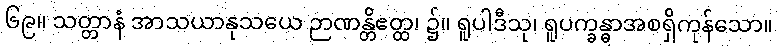
၆၉။ သတ္တာနံ အာသယာနုသယေ ဉာဏန္တိဧတ္ထ၊ ၌။ ရူပါဒီသု၊ ရူပက္ခန္ဓာအစရှိကုန်သော။